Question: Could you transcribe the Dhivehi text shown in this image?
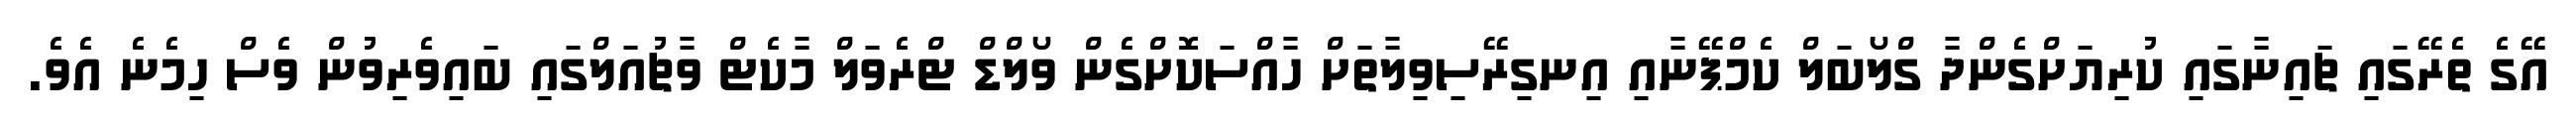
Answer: އޭގެ ތެރޭގައި ޗައިނާގައި ކުރިޔަށްގެންދާ ގްލޯބަލް ކެމްޕޭނާއި އިނގިރޭސިވިލާތަށް ހާއްސަކޮށްގެން ވޯލްޑް ޓްރެވަލް މާކެޓް ވާޗުއަލްގައި ބައިވެރިވުން ވެސް ހިމެނެ އެވެ.